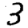
Digit: 3